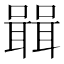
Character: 𭋷